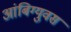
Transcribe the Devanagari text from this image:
आंबिग्युवस